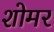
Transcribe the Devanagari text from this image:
शोमर